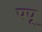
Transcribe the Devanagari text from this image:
पपू